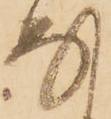
な